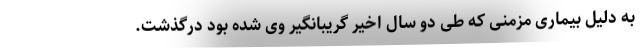
به دلیل بیماری مزمنی که طی دو سال اخیر گریبانگیر وی شده بود درگذشت.